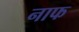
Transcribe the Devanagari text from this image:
नाफ